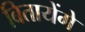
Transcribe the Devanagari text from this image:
बितायेंगे